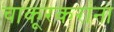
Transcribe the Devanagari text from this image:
चाकूरकरांना